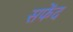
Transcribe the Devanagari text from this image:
सफेंद